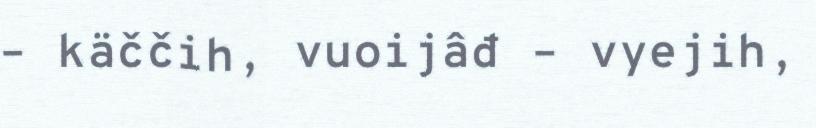
– käččih, vuoijâđ – vyejih,